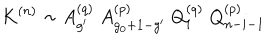
LaTeX: K ^ { ( n ) } \sim A _ { g ^ { \prime } } ^ { ( q ) } \; A _ { g _ { 0 } + 1 - g ^ { \prime } } ^ { ( p ) } \; Q _ { i } ^ { ( q ) } \; Q _ { n - i - 1 } ^ { ( p ) }